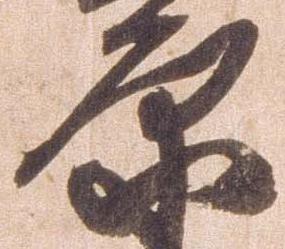
原